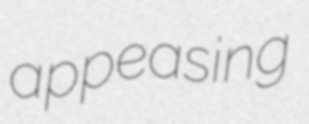
appeasing